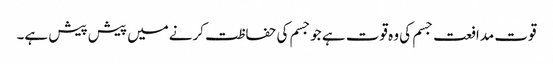
قوت مدافعت جسم کی وہ قوت ہے جوجسم کی حفاظت کرنےمیں پیش پیش ہے۔